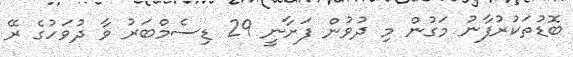
ބޮޑުތަކުރުފާނު މަގުން މި ދުވުން ފަށާނީ 29 ޑިސެމްބަރު ވާ ދުވަހުގެ ރޭ